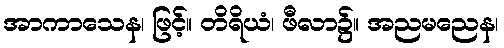
အာကာသေန၊ ဖြင့်။ တိရိယံ၊ ဖီလာ၌။ အညမညေန၊